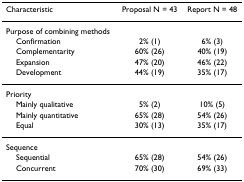
<table><thead><tr><td><b>Characteristic</b></td><td><b>Proposal N = 43</b></td><td><b>Report N = 48</b></td></tr></thead><tbody><tr><td>Purpose of combining methods</td><td></td><td></td></tr><tr><td> Confirmation</td><td>2% (1)</td><td>6% (3)</td></tr><tr><td> Complementarity</td><td>60% (26)</td><td>40% (19)</td></tr><tr><td> Expansion</td><td>47% (20)</td><td>46% (22)</td></tr><tr><td> Development</td><td>44% (19)</td><td>35% (17)</td></tr><tr><td>Priority</td><td></td><td></td></tr><tr><td> Mainly qualitative</td><td>5% (2)</td><td>10% (5)</td></tr><tr><td> Mainly quantitative</td><td>65% (28)</td><td>54% (26)</td></tr><tr><td> Equal</td><td>30% (13)</td><td>35% (17)</td></tr><tr><td>Sequence</td><td></td><td></td></tr><tr><td> Sequential</td><td>65% (28)</td><td>54% (26)</td></tr><tr><td> Concurrent</td><td>70% (30)</td><td>69% (33)</td></tr></tbody></table>